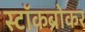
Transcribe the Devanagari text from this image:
स्‍टॉकब्रोकर